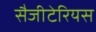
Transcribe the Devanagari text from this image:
सैजीटेरियस